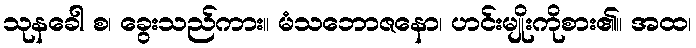
သုနခေါ စ၊ ခွေးသည်ကား။ မံသဘောဇနော၊ ဟင်းမျိုးကိုစား၏။ အထ၊